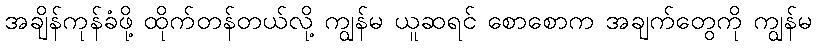
အချိန်ကုန်ခံဖို့ ထိုက်တန်တယ်လို့ ကျွန်မ ယူဆရင် စောစောက အချက်တွေကို ကျွန်မ